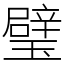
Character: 璧